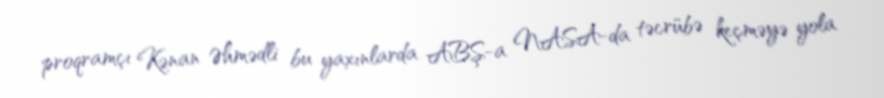
proqramçı Kənan Əhmədli bu yaxınlarda ABŞ-a NASA-da təcrübə keçməyə yola